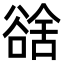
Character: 𧮿